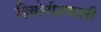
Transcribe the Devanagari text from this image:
डिवोनीप्रणाली